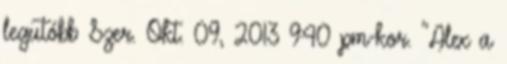
legutóbb Szer. Okt. 09, 2013 9:40 pm-kor. "Alex a